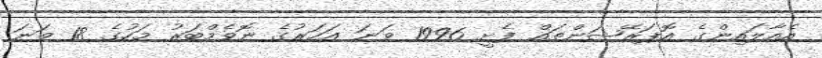
އެއާލައިންގެ އޮޕަރޭޝަންތައް ފެށީ 1996 ވަނަ އަހަރުގެ ނޮވެމްބަރު މަހުގެ 18 ވަނަ